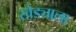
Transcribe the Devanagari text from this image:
खेड्याला